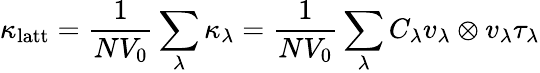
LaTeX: \kappa_{\mathrm{latt}}=\frac{1}{NV_{0}}\sum_{\lambda}\kappa_{\lambda}=\frac{1}{NV_{0}}\sum_{\lambda}C_{\lambda}v_{\lambda}\otimes v_{\lambda}\tau_{\lambda}